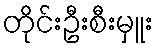
တိုင်းဦးစီးမှူး